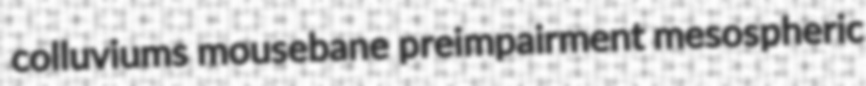
colluviums mousebane preimpairment mesospheric